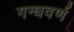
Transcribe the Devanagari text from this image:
गन्धवर्ण